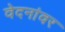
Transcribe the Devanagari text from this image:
वेदनांवर